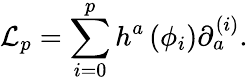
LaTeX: {\cal L}_{p}=\sum_{i=0}^{p}h^{a}\left(\phi_{i}\right)\partial_{a}^{(i)}.